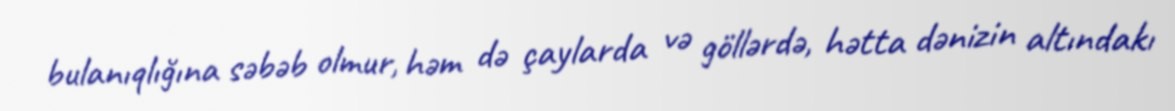
bulanıqlığına səbəb olmur, həm də çaylarda və göllərdə, hətta dənizin altındakı